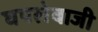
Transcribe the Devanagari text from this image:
घपलेबाजी